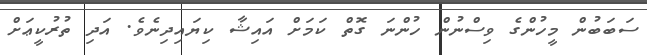
ސަބަބުން މީހުންގެ ވިސްނުން ހުންނަ ގޮތް ކަމަށް އައިޝާ ކިޔައިދިނެވެ. އަދި ތުރުކީޢަށް